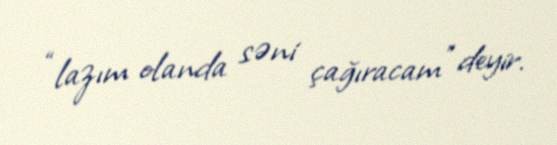
“lazım olanda səni çağıracam” deyir.